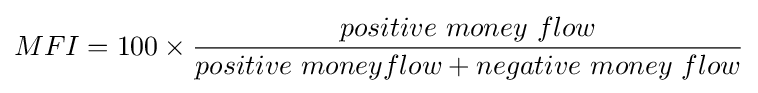
MFI=100\times {positive\ money\ flow \over positive\ moneyflow+negative\ money\ flow}